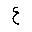
Letter: _ayn